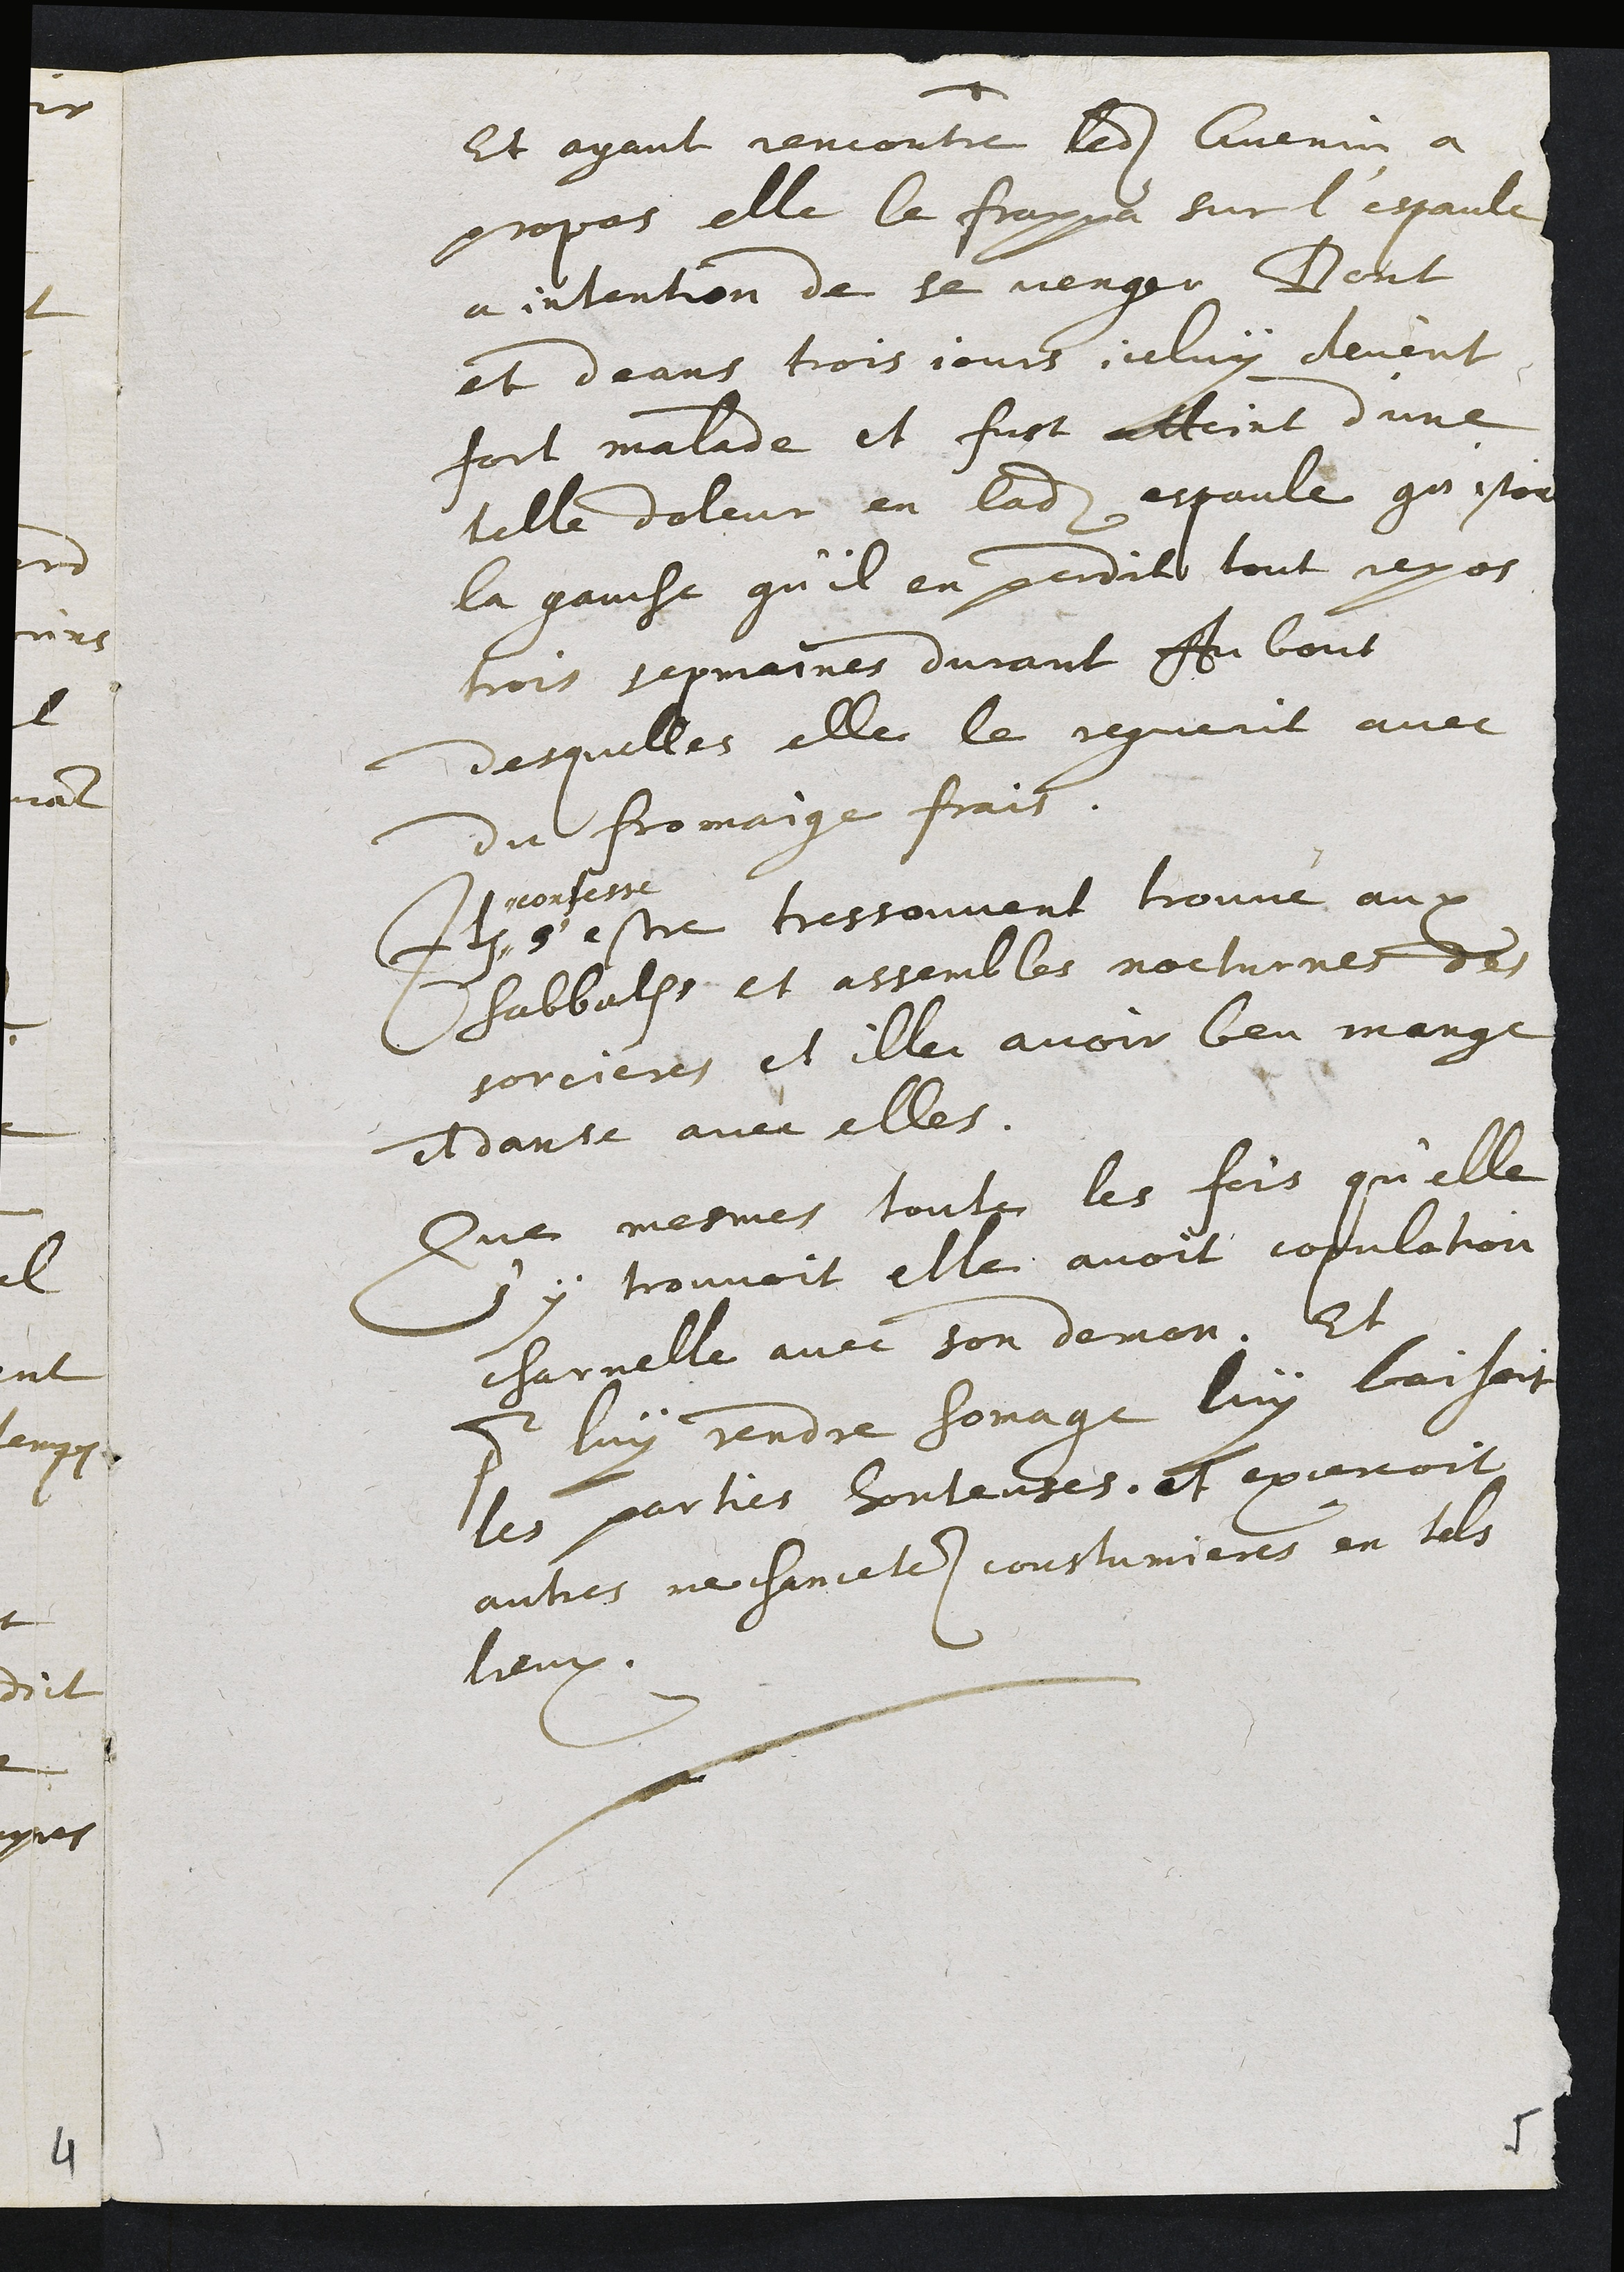
Et ayant rencontre ledit Guenin a
propas elle le frappa sur l'espaule
a intention de se vengeu Dont
et deans trois jours celuy devent
fort malade et fust atteint d'une
telle doleur en ladite espaule qu'estoit
la gauche qu'il en perdit tout repos
trois sepmaines durant A bout
desquelles elle le reguerit avec
du fromaige frais.
+
1ronfesse
s' estre tressouvent trouve au p
habbalhe et assembles nocturnes des
sorcieres es ille avoir beu mange
il danse avec elles.
Sue mesmes toute les fois qu'elle
s'y trouvoit elle avoit copulation
charnelle avec son demon. Et
pour luy rendre homage luy baisoit
les parties honteutes, et excesoit
autres mechancetes constumieres en tols
lieux.